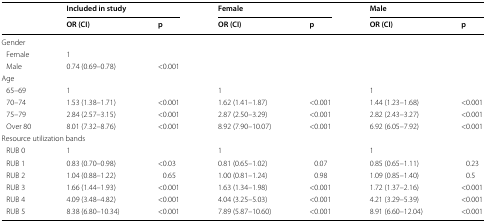
<table><thead><tr><td rowspan="2"></td><td colspan="2"><b>Included in study</b></td><td colspan="2"><b>Female</b></td><td colspan="2"><b>Male</b></td></tr><tr><td><b>OR (CI)</b></td><td><b>p</b></td><td><b>OR (CI)</b></td><td><b>p</b></td><td><b>OR (CI)</b></td><td><b>p</b></td></tr></thead><tbody><tr><td colspan="7">Gender</td></tr><tr><td> Female</td><td>1</td><td></td><td></td><td></td><td></td><td></td></tr><tr><td> Male</td><td>0.74 (0.69–0.78)</td><td>&lt;0.001</td><td></td><td></td><td></td><td></td></tr><tr><td colspan="7">Age</td></tr><tr><td> 65–69</td><td>1</td><td></td><td>1</td><td></td><td>1</td><td></td></tr><tr><td> 70–74</td><td>1.53 (1.38–1.71)</td><td>&lt;0.001</td><td>1.62 (1.41–1.87)</td><td>&lt;0.001</td><td>1.44 (1.23–1.68)</td><td>&lt;0.001</td></tr><tr><td> 75–79</td><td>2.84 (2.57–3.15)</td><td>&lt;0.001</td><td>2.87 (2.50–3.29)</td><td>&lt;0.001</td><td>2.82 (2.43–3.27)</td><td>&lt;0.001</td></tr><tr><td> Over 80</td><td>8.01 (7.32–8.76)</td><td>&lt;0.001</td><td>8.92 (7.90–10.07)</td><td>&lt;0.001</td><td>6.92 (6.05–7.92)</td><td>&lt;0.001</td></tr><tr><td colspan="7">Resource utilization bands</td></tr><tr><td> RUB 0</td><td>1</td><td></td><td>1</td><td></td><td>1</td><td></td></tr><tr><td> RUB 1</td><td>0.83 (0.70–0.98)</td><td>&lt;0.03</td><td>0.81 (0.65–1.02)</td><td>0.07</td><td>0.85 (0.65–1.11)</td><td>0.23</td></tr><tr><td> RUB 2</td><td>1.04 (0.88–1.22)</td><td>0.65</td><td>1.00 (0.81–1.24)</td><td>0.98</td><td>1.09 (0.85–1.40)</td><td>0.5</td></tr><tr><td> RUB 3</td><td>1.66 (1.44–1.93)</td><td>&lt;0.001</td><td>1.63 (1.34–1.98)</td><td>&lt;0.001</td><td>1.72 (1.37–2.16)</td><td>&lt;0.001</td></tr><tr><td> RUB 4</td><td>4.09 (3.48–4.82)</td><td>&lt;0.001</td><td>4.04 (3.25–5.03)</td><td>&lt;0.001</td><td>4.21 (3.29–5.39)</td><td>&lt;0.001</td></tr><tr><td> RUB 5</td><td>8.38 (6.80–10.34)</td><td>&lt;0.001</td><td>7.89 (5.87–10.60)</td><td>&lt;0.001</td><td>8.91 (6.60–12.04)</td><td>&lt;0.001</td></tr></tbody></table>